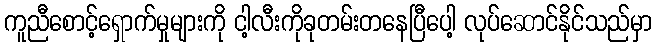
ကူညီစောင့်ရှောက်မှုများကို ငါ့လီးကိုခုတမ်းတနေပြီပေါ့ လုပ်ဆောင်နိုင်သည်မှာ